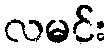
လမင်း